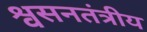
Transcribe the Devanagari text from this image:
श्वसनतंत्रीय